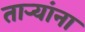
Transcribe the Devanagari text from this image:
तार्‍यांना